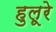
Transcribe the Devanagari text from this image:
हुलूरे